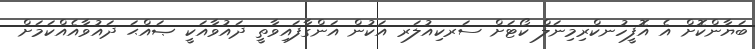
ބަޔާންކޮށް އެ އޮފީހުނކްރިމިނަލް ކޯޓަށް ސަރކިއުލަރ އަކުން އަންގާފައިވާތީ ދައުވާއަކީ ޞައްޙަ ދައުވާއެއްކަމަށް